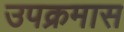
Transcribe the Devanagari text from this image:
उपक्रमास